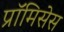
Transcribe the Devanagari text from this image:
प्रॉमिसेस